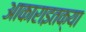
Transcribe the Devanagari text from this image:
आकाराइतक्या